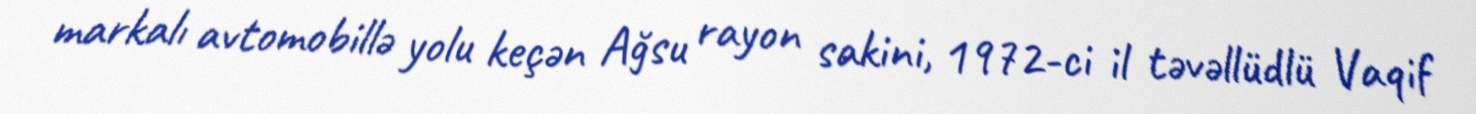
markalı avtomobillə yolu keçən Ağsu rayon sakini, 1972-ci il təvəllüdlü Vaqif